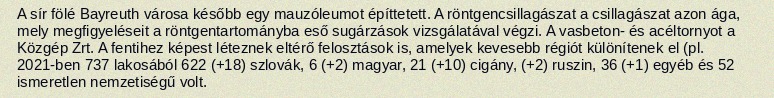
A sír fölé Bayreuth városa később egy mauzóleumot építtetett. A röntgencsillagászat a csillagászat azon ága, mely megfigyeléseit a röntgentartományba eső sugárzások vizsgálatával végzi. A vasbeton- és acéltornyot a Közgép Zrt. A fentihez képest léteznek eltérő felosztások is, amelyek kevesebb régiót különítenek el (pl. 2021-ben 737 lakosából 622 (+18) szlovák, 6 (+2) magyar, 21 (+10) cigány, (+2) ruszin, 36 (+1) egyéb és 52 ismeretlen nemzetiségű volt.